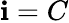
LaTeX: \mathbf{i}=C